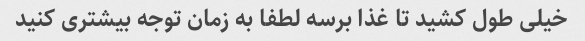
خیلى طول کشید تا غذا برسه لطفا به زمان توجه بیشترى کنید